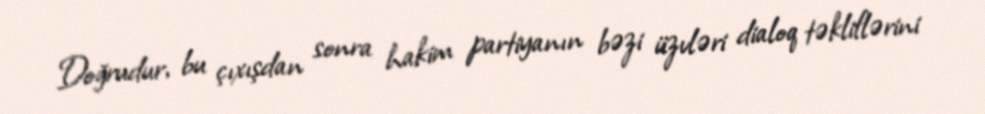
Doğrudur, bu çıxışdan sonra hakim partiyanın bəzi üzvləri dialoq təkliflərini